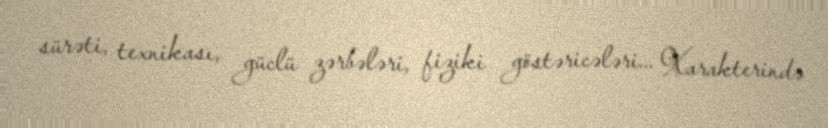
sürəti, texnikası, güclü zərbələri, fiziki göstəricələri... Xarakterində